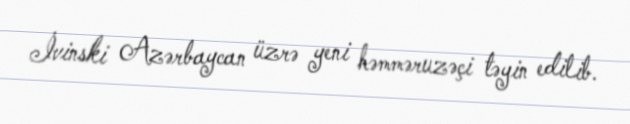
İvinski Azərbaycan üzrə yeni həmməruzəçi təyin edilib.